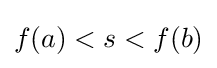
f(a)<s<f(b)